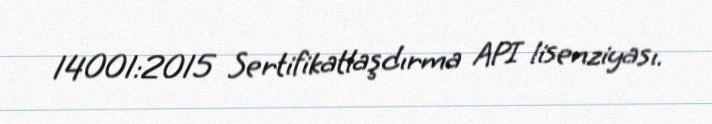
14001:2015 Sertifikatlaşdırma API lisenziyası.